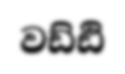
වඩ්ඪි